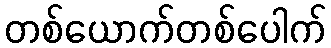
တစ်ယောက်တစ်ပေါက်